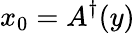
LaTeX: x_{0}=A^{\dagger}(y)